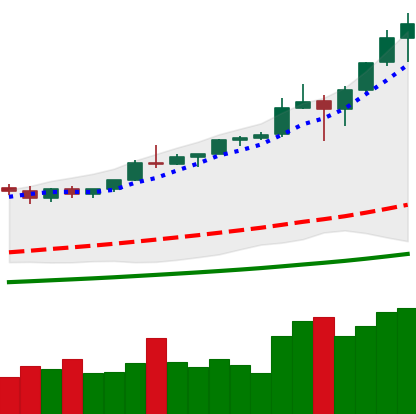
Ticker: BTC-USD
Chart end date: 2021-01-08
Forward return: -8.533%
Label: down_7plus